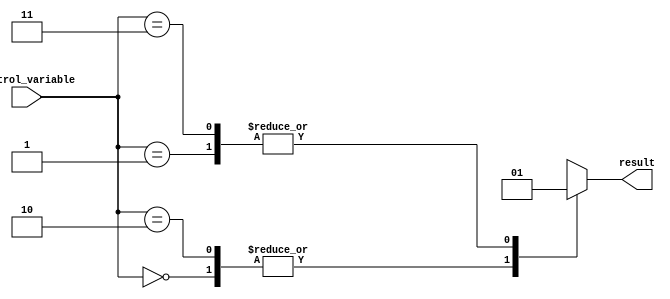
module case_statement_example (
    input wire [1:0] control_variable,
    output reg result
);

always @(control_variable) begin
    case (control_variable)
        2'b00: result <= 1'b0;
        2'b01: result <= 1'b1;
        2'b10: result <= 1'b0;
        2'b11: result <= 1'b1;
        default: result <= 1'b0; // default case if none of the above conditions met
    endcase
end

endmodule